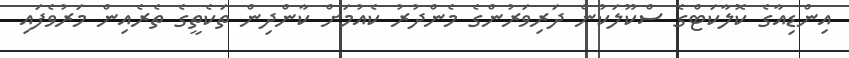
އިންޑިއާގެ ކޮލާކަޓްގެ ސްކޫލަކުން ދަރިވަރުންގެ މެންދުރު ކެއުމަށް ކާންދިން ތަކެތީގެ ތެރެއިން މަރުވެފައި